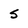
Character: s